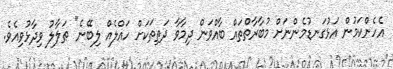
އެހެންކަމުން އަޅުގަނޑުމެންނަށް މުބާރާތްތައް ބާއްވަން ދިމާވާ ދަތިތަކަށް ހައްލެއް ލިބޭނެ" ޠަލާލު ވިދާޅުވިއެވެ.